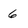
Character: 6